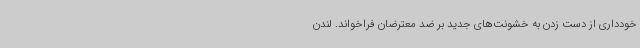
خودداری از دست زدن به خشونت‌های جدید بر ضد معترضان فراخواند. لندن